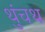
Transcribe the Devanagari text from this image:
थुंचथ